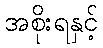
အစိုးရနှင့်